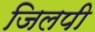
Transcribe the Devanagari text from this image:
जिलपी